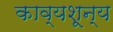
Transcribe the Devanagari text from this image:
काव्यशून्य